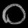
Digit: ၀